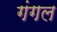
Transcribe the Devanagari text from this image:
गंगल